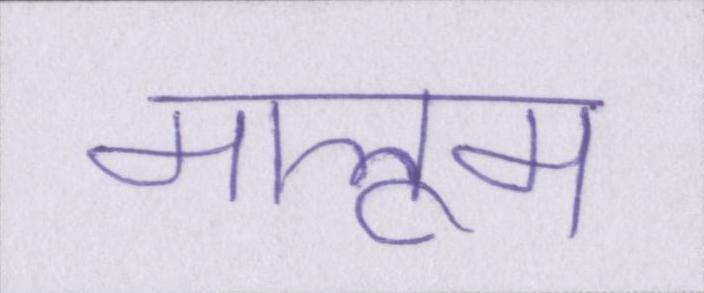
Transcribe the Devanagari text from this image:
मालूम